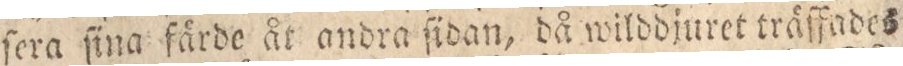
ſera ſina färde åt andra ſidan, då wilddjuret träffades